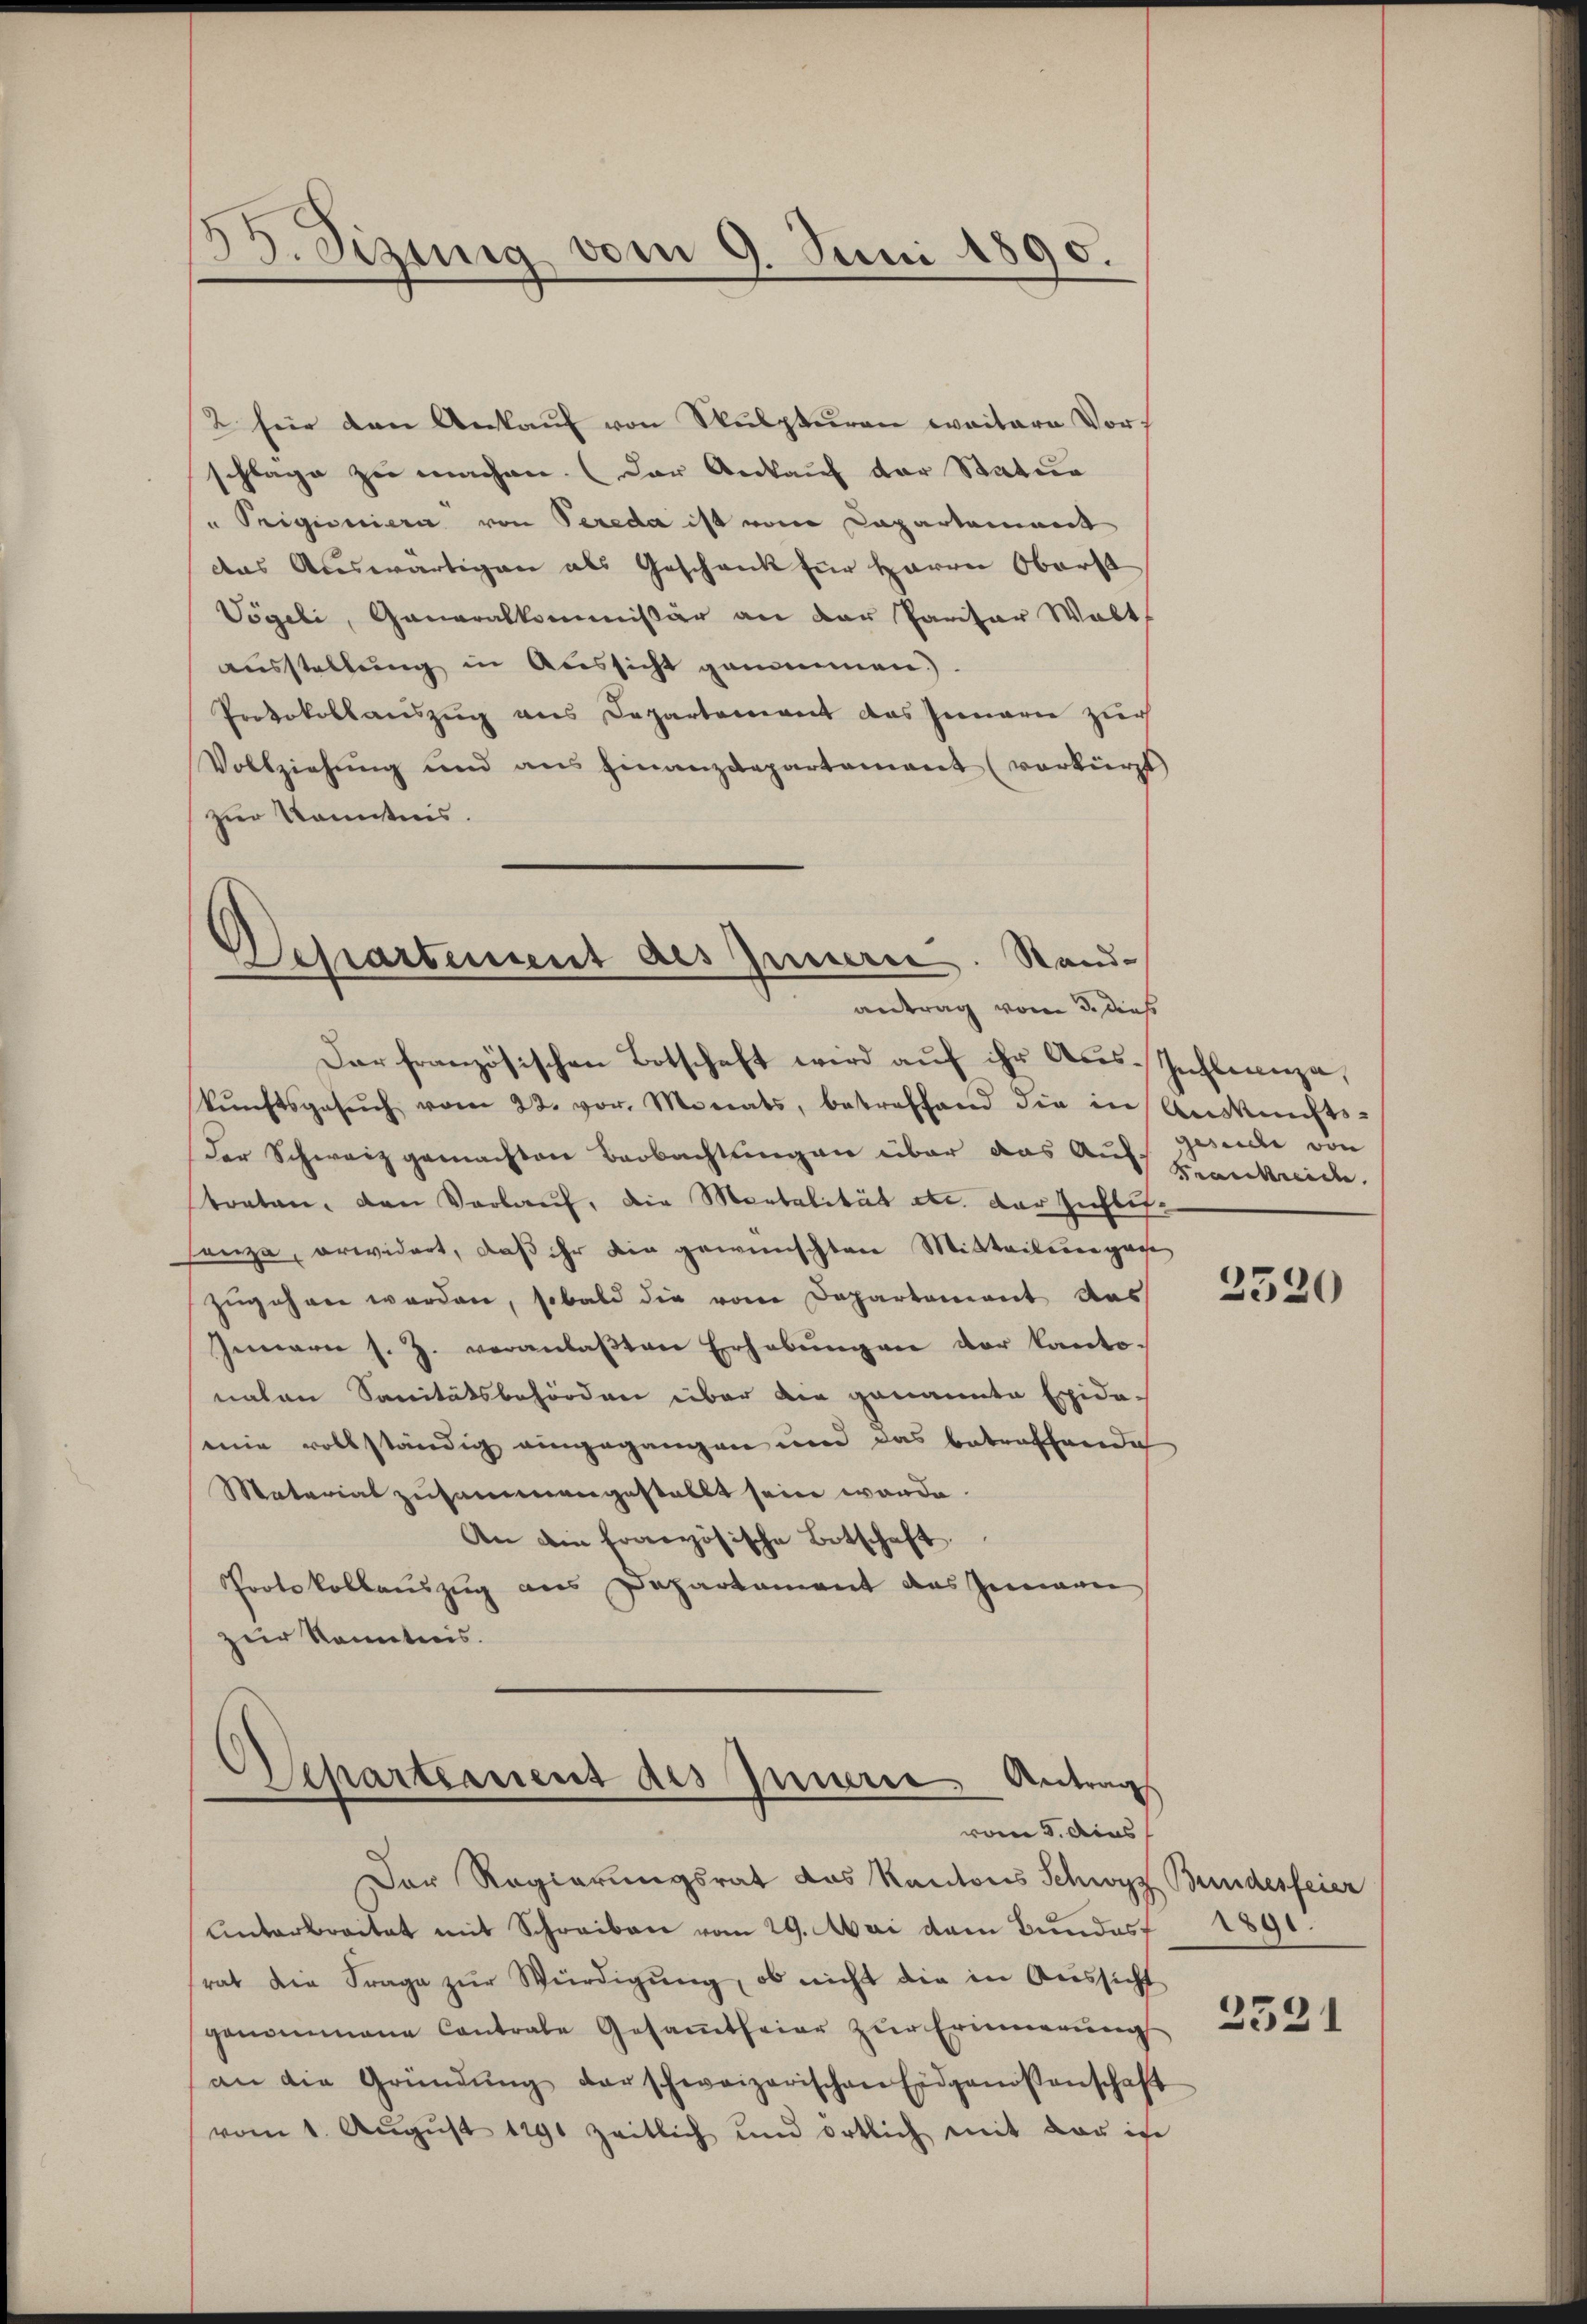
35. Sizung vom 9. Juni 1890.

antrag vom 3. dies

2 für den Ankaŭf von Skulpturen weitere Vors
schlage zu machen. (Der Ankauf der Statur
" Origioniere von Pereda ist vom Capartement
das Auswärtigen als Geschank für Herrn Oberst
Vögeli, Generalkommissär an der Paritor Walt
aŭsstellŭng in Aussicht genommen.)
Protokollauszug aus Departement das Innern zur
Vollziehung und ans Finanzdepartement (verkürzt
zur Kenntnis.
.
Departement des Innerie. Stand-

Dar französischen Botschaft wird aŭf ihr Aŭs-Infleceza,
kŭnftsgesŭch vom 22. vor. Morats, betreffend die in Auskunfts-
der Schweiz gemachten Beobachtungen über das Aus Gnade von
tonten, den Vorlauf, die Montalität etc. der Zuflissanze, erwidert, daß ihr die gewünschten Mitteilengage
zugehren werden, sobald die vom Departement des
Innern s. Z. veranlaβten Erhebŭngen der Kantonahen Sanitätsbehörden über die genannte Exida-
eine vollständig eingegangen und das betreffende
Material zusammengestellt sein werde.
An die französische Botschaft
Protokollauszug aus Departament das Genann
zur Kenntnis.

Ssepartement des Innern Antrags
vom 3. dies

Der Regierungsrat das Kantons Schwyz Bundesfeier
Unterbreitet mit Schreiben vom 29. Mai dem Bundes 1891.
srat die Frage zŭr Würdigŭng, ob nicht die in Aŭssicht
genommene Contrale Gesaṁtfeier zŭr Erinnerung
an die Gründŭng derschweizerischen Eidgenossenschaft
vom 1. Aŭgŭst 1891 zeitlich und örtlich mit der ich

Frankreiche.

2520

2331